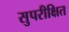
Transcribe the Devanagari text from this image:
सुपरीक्षित